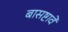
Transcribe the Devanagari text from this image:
बासष्टावे